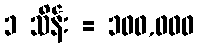
၁ သိန်း = ၁၀၀,၀၀၀